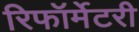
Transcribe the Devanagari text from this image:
रिफॉर्मेटरी